Report of the Hyderabad Chloroform Commission
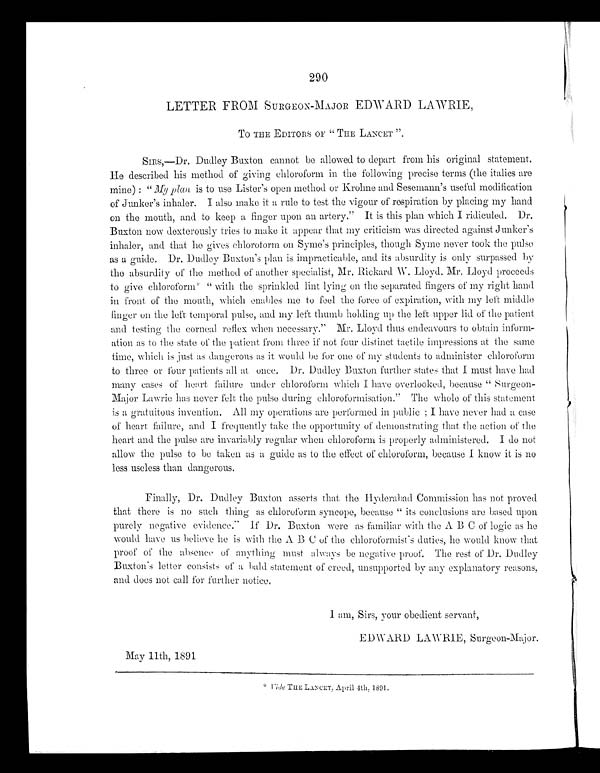
290
LETTER FROM SURGEON-MAJOR EDWARD LAWRIE,
TO THE EDITORS OF "THE LANCET"
SIRS,—Dr. Dudley Buxton cannot be allowed to depart from his original statement.
He described his method of giving chloroform in the following precise terms (the italics are
mine): "My plan is to use Lister's open method or Krohne and Sesemann's useful modification
of Junker's inhaler. I also make it a rule to test the vigour of respiration by placing my hand
on the mouth, and to keep a finger upon an artery." It is this plan which I ridiculed. Dr.
Buxton now dexterously tries to make it appear that my criticism was directed against Junker's
inhaler, and that he gives chloroform on Syme's principles, though Syme never took the pulse
as a guide. Dr. Dudley Buxton's plan is impracticable, and its absurdity is only surpassed by
the absurdity of the method of another specialist, Mr. Rickard W. Lloyd, Mr. Lloyd proceeds
to give chloroform* "with the sprinkled lint lying on the separated fingers of my right hand
in front of the mouth, which enables me to feel the force of expiration, with my left middle
finger on the left temporal pulse, and my left thumb holding up the left upper lid of the patient
and testing the corneal reflex when necessary." Mr. Lloyd thus endeavours to obtain inform
-ation as to the state of the patient from three if not four distinct tactile impressions at the same
winch is just as dangerous as it would be for one of my students to administer chloroform
to three or four patients all at once. Dr. Dudley Buxton further states that I must have had
many cases of heart failure under chloroform which I have overlooked, because "Surgeon
-Major Lawrie has never felt the pulse during chloroformisation." The whole of this statement
is a gratuitous invention. All my operations are performed in public; I have never had a case
of heart failure, and I frequently take the opportunity, of demonstrating that the action of the
heart and the pulse are invariably regular when chloroform is properly administered. I do not
allow the pulse to be taken as a guide as to the effect of chloroform, because I know it is no
less useless than dangerous.
Finally, Dr. Dudley Buxton asserts that the Hyderabad Commission has not proved
that there is no such thing as chloroform syncope, because "its conclusions are based upon
purely negative evidence." If Dr. Buxton were as familiar with the A B C of logic as he
would have us believe he is with the A B C of the chloroformist's duties, he would know that
proof' of the absence of anything must always be negative proof. The rest of Dr. Dudley
Buxton's letter consists of a bald statement of creed, unsupported by any explanatory reasons,
and does not call for further notice.
I am, Sirs, your obedient servant,
EDWARD LAWRIE, Surgeon-Major.
May 11th, 1891
* V i d e
T H E L A N C E T , A p r i l 4 t h , 1 8 9 1 .